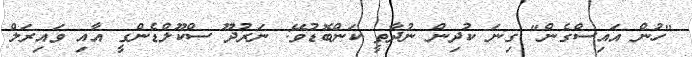
"ހުން އައިސްގެން" ގިނަ ކުދިން ނުދާތީ ކަންބޮޑުވޭ: ނަރުދޫ ސްކޫލްޑެންގީ އާއި ވައިރަލް